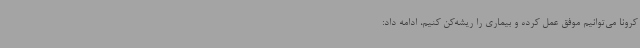
کرونا می‌توانیم موفق عمل کرده و بیماری را ریشه‌کن کنیم، ادامه داد: